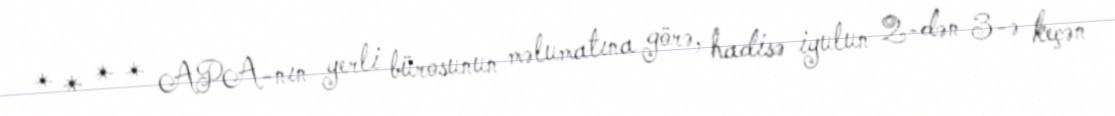
* * * * APA-nın yerli bürosunun məlumatına görə, hadisə iyulun 2-dən 3-ə keçən